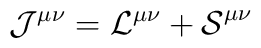
\mathcal{J^{\mu \nu }=L^{\mu \nu }+S}^{\mu \nu }